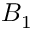
B _ { 1 }